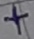
Text: +